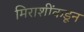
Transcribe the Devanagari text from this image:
मिराशींकडून